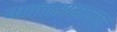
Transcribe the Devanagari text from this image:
मालसामानाचा